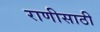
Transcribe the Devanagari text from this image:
राणीसाठी